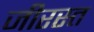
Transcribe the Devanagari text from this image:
जीरस्त